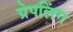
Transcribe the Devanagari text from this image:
ग्रेपलिंग